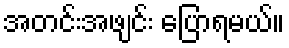
အတင်းအဖျင်း ပြောရမယ်။